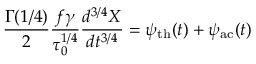
\frac { \Gamma ( 1 / 4 ) } { 2 } \frac { f \gamma } { \tau _ { 0 } ^ { 1 / 4 } } \frac { d ^ { 3 / 4 } X } { d t ^ { 3 / 4 } } = \psi _ { \mathrm { t h } } ( t ) + \psi _ { \mathrm { a c } } ( t )